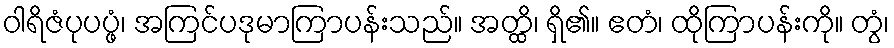
ဝါရိဇံပုပပ္ဖံ၊ အကြင်ပဒုမာကြာပန်းသည်။ အတ္ထိ၊ ရှိ၏။ ဧတံ၊ ထိုကြာပန်းကို။ တွံ၊